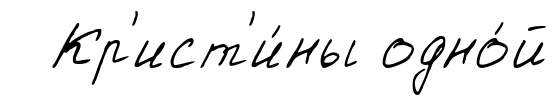
Кр'ист'и́ны одно́й